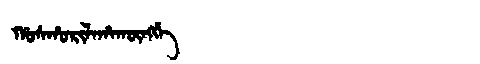
Manchu: ᡥᠣᠰᡥᠣᡵᡳᠯᠠᡥᠠᡴᡡᠩᡤᡝ
Romanization: HOSHORILAHAKŪNGGE